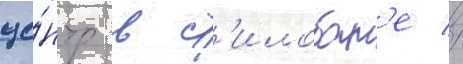
це́нтр в ст'илобат'е //